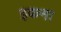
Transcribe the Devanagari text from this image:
इकना